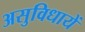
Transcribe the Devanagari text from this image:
असुविधायें